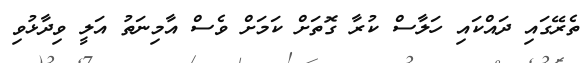
ތެރޭގައި ދައްކައި ހަލާސް ކުރާ ގޮތަށް ކަމަށް ވެސް އާމިނަތު އަލީ ވިދާޅުވި